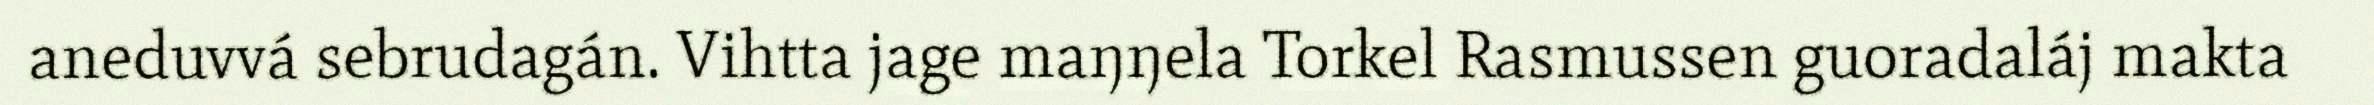
aneduvvá sebrudagán. Vihtta jage maŋŋela Torkel Rasmussen guoradaláj makta